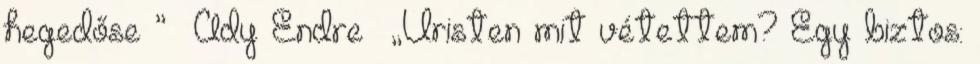
hegedőse ” Ady Endre „Úristen mit vétettem? Egy biztos: